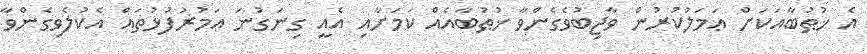
އެ ޚުޠުބާއަކަށް ޢަމަލުކުރުން ވާޖިބުވެގެންވާ ޚުޠުބާއެއް ކަމަށާއި އެއީ ގިނަގުނަ ޢަމުރުފުޅުތައް އެކުލެވިގެންވާ